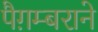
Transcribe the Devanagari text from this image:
पैग़म्बराने